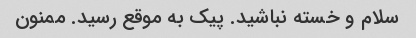
سلام و خسته نباشید. پیک به موقع رسید. ممنون